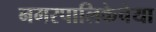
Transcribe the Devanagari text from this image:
नगरपालिकेचेया